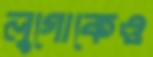
লুগোকেও